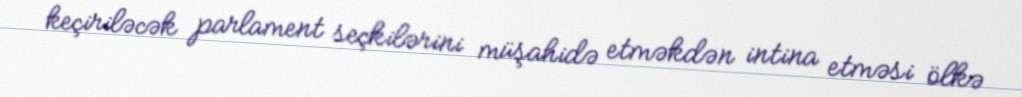
keçiriləcək parlament seçkilərini müşahidə etməkdən intina etməsi ölkə